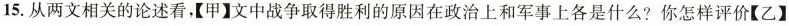
15.从两文相关的论述看，【甲】文中战争取得胜利的原因在政治上和军事上各是什么?你怎样评价【乙】